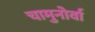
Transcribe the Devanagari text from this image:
चामुनोर्वा